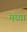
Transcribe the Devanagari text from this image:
मध्य।